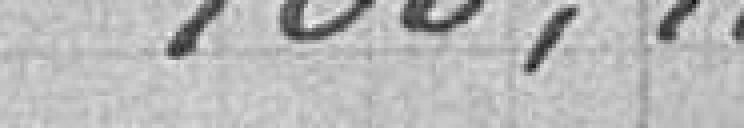
100,00